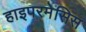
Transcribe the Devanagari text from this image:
हाइपरमेसिस